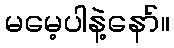
မမေ့ပါနဲ့နော်။